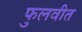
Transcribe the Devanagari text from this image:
फुलवीत